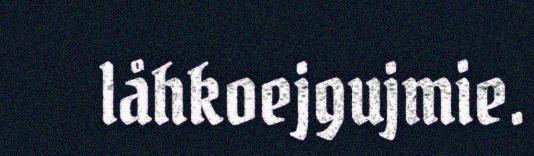
låhkoejgujmie.